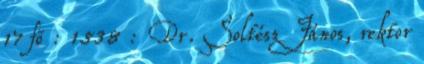
17 fõ : 1538 : Dr. Soltész János, rektor